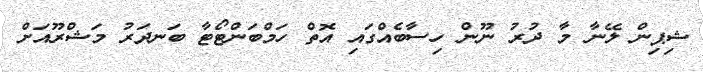
ޝިޕިން ލޭނާ މާ ދުރު ނޫން ހިސާބެއްގައި އޮތް ހަމްބަންޓޯޓާ ބަނދަރު މަޝްރޫއަށް